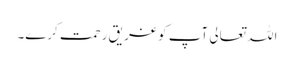
اللہ تعالی آپ کو غر یق رحمت کرے۔